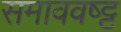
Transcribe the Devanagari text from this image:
समाववष्ट्ट